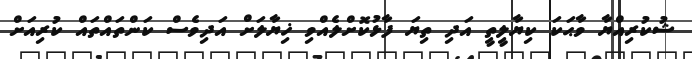
ޝުކުރިއްޔާ ވާޙަކަ ކިޔާލީތީ އަދި ތިޔަ ފާޅުކޮށްލެއްވި ޚިޔާލަށް އަދިވެސް ކަންތައްތައް ކުރިއަށް